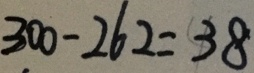
3 0 0 - 2 6 2 = 3 8